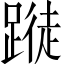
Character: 𨃝